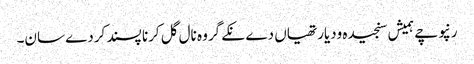
رنپوچے ہمیش سنجیدہ ودیارتھیاں دے نکے گروہ نال گل کرنا پسند کردے سان۔